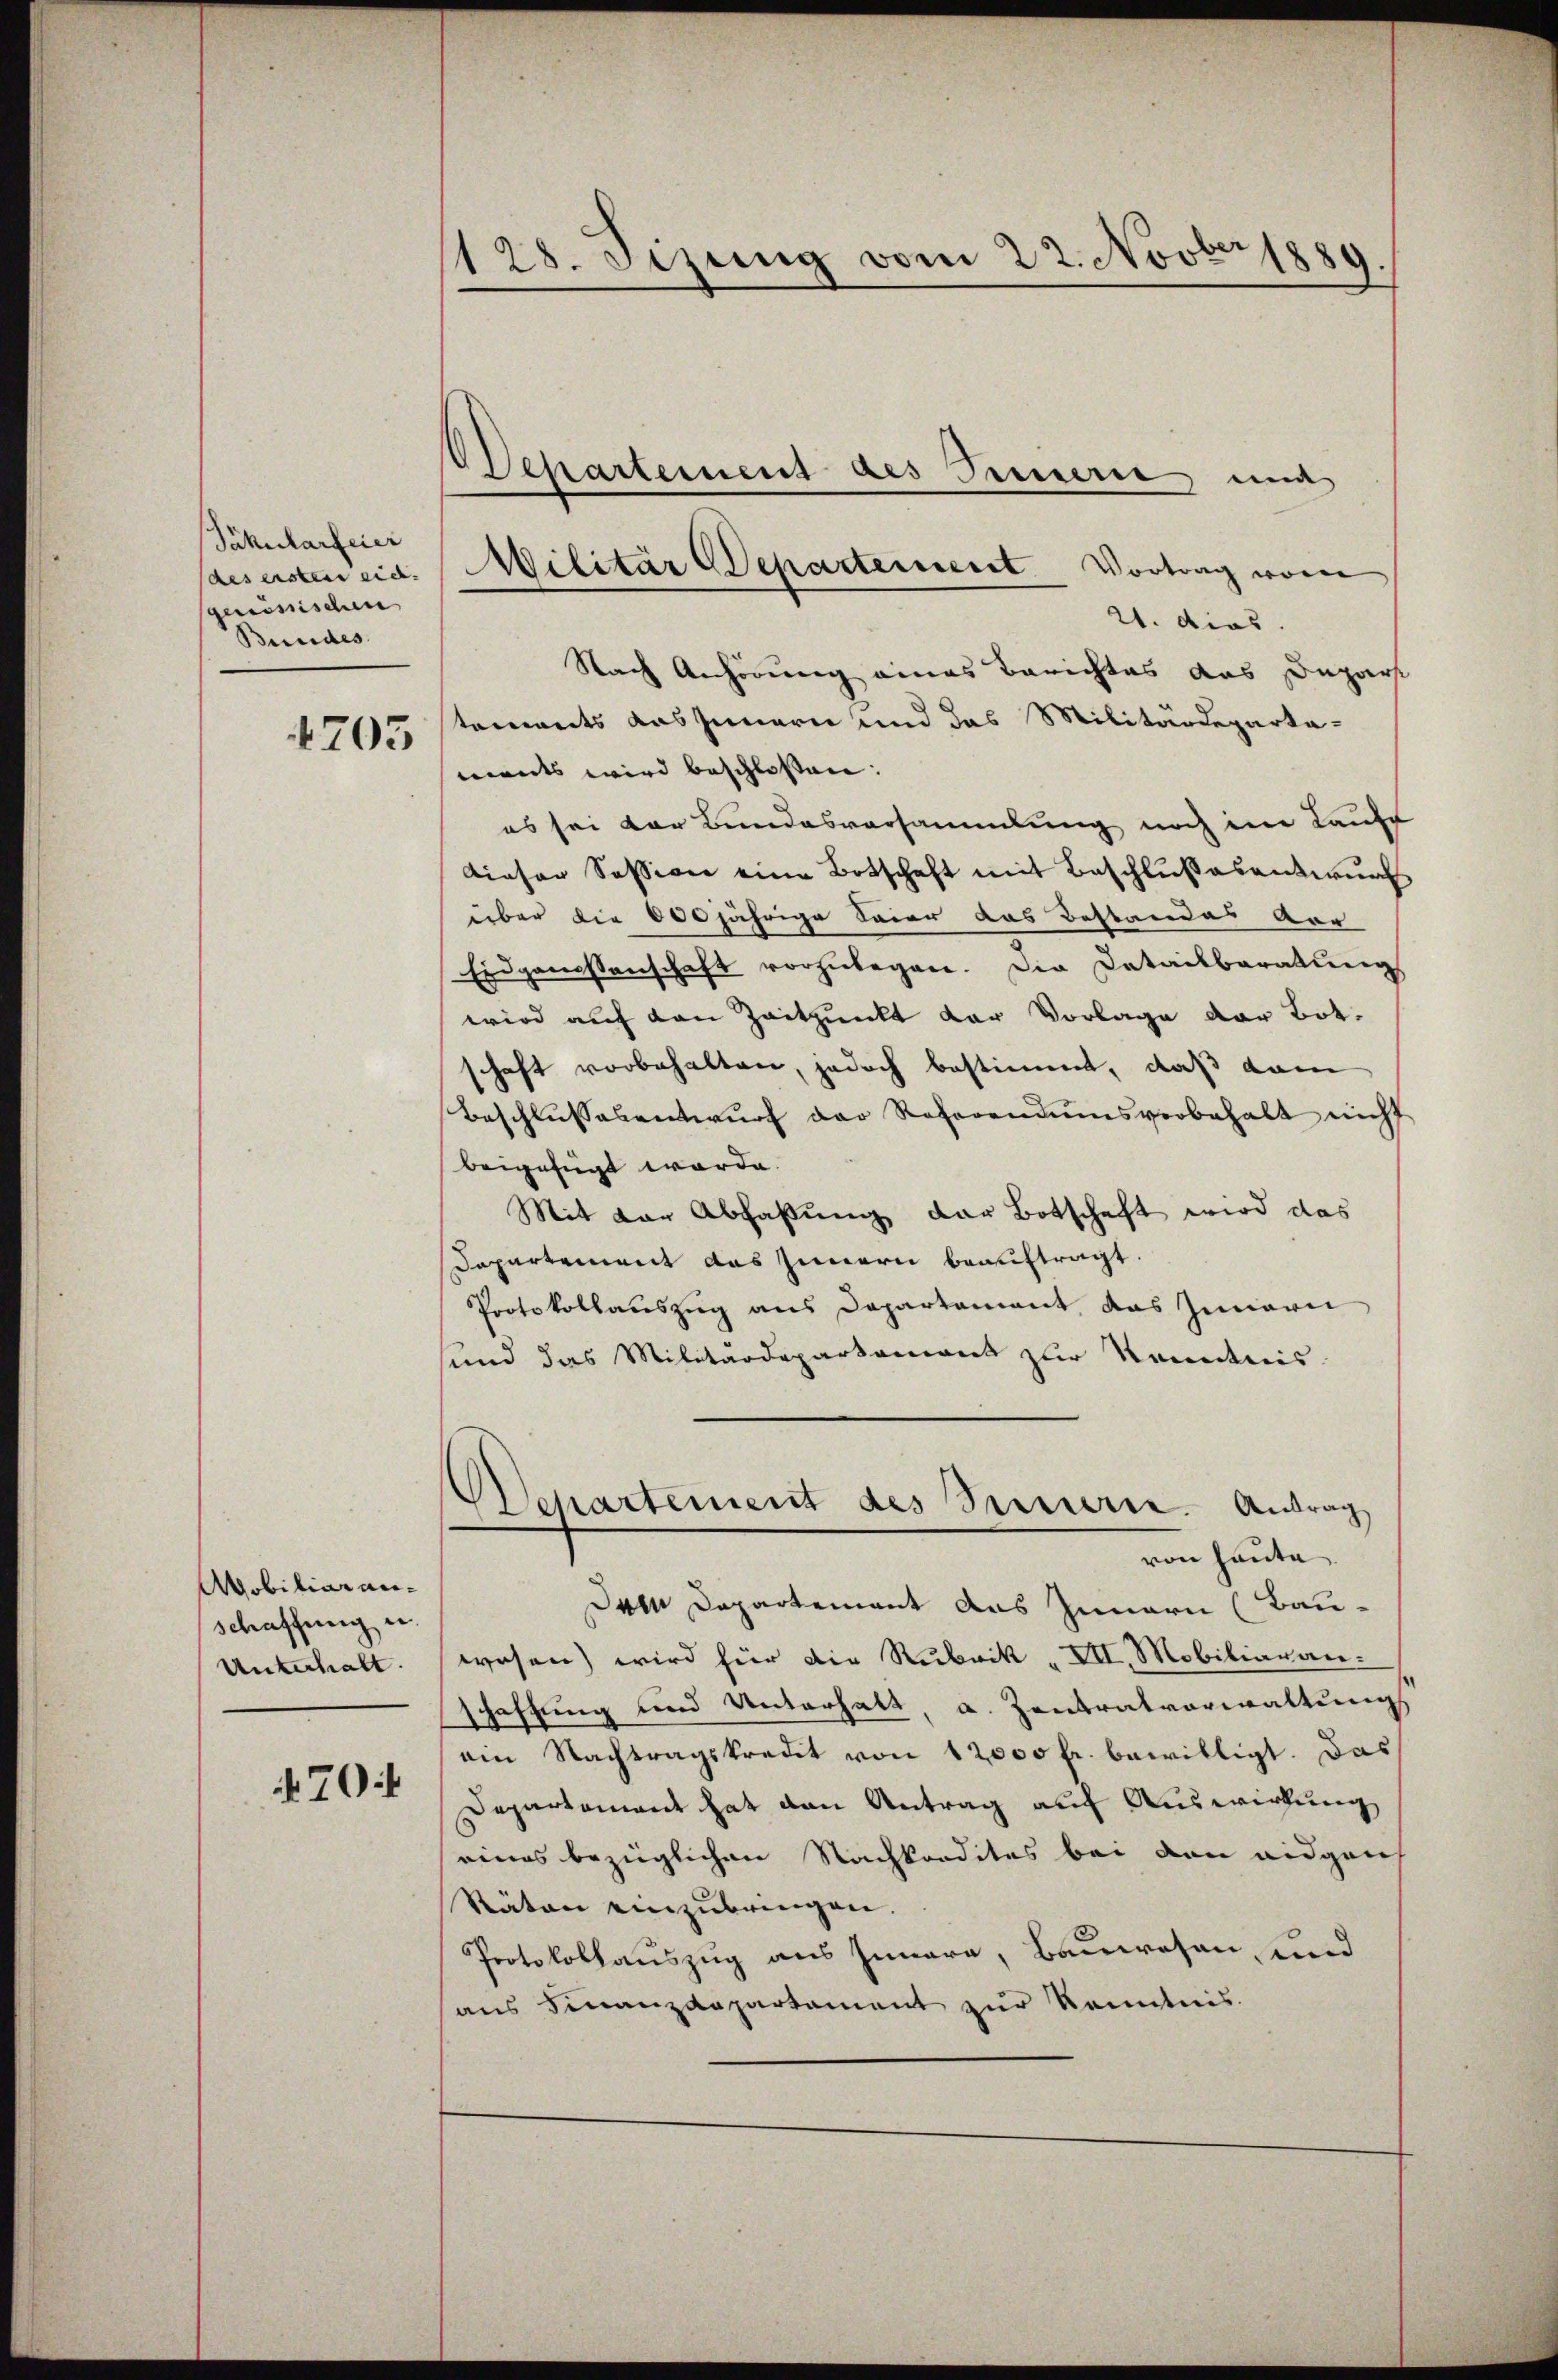
Jäkularfeier
(des ersten eid.
sgeminischen
Bundes

4705

Aobiliar anschaffung un
Unterhalt.

470

128. Sizung vom 22. Novber 1889

21. dies
Nach Anhörung eines Berichtes das Depart
tements aus Innern und das Militärdeparta-
ments wird beschlossen:
es sei der Bundesversammlung noch im Laufe
Dieser Session eine Botschaft mit Beschlußesentwurf
über die 600 jährige Feier das Bestandes vor
Eidgenossenschaft vorzŭlegen. Die Detailbaratung
wird auf den Zeitpunkt der Vorlage der Bot.
schaft vorbehalten, jedoch bestimmt, daß dam
Beschlŭssesentwŭrf der Referendumsverbehalt nicht
beigefügt werde.
Mit der Abfassung der Botschaft wird das
Dapartement das Innern beauftragt.
Protokollauszug aus Departament, das Innern
sund das Militärdepartament zur Kenntnis-
Departement des Sinnern. Antrag
von heute
Dem Departement das Innern (Bau-
wesen) wird für die Rubrik „VII. Mobiliaran-
schaffung und Unterhalt, a. Zentralverwaltung
ein Nachtragskredit von 12000 fr. bewilligt. Das
Departement hat den Antrag auf Auswirkung
eines bezüglichen Nachkondites bei den eidgen
Räten einzubringen.
Protokollauszug aus Innere, Bauwesen, und
aus Finanzdepartament zur Kenntnis.

Militär Departement Vortrag von

Wehartement des Innern, und